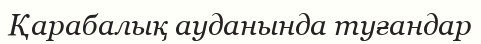
Қарабалық ауданында туғандар